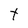
Character: t